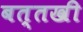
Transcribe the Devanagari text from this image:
बत्तखी